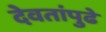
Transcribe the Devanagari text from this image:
देवतांपुढे